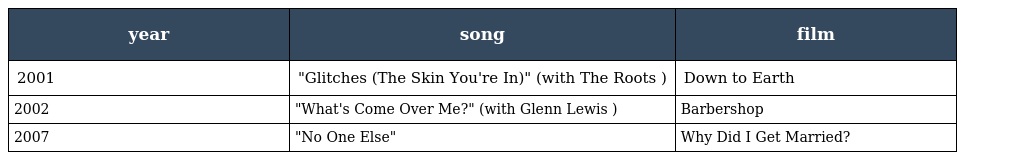
| year | song | film |
 | --- | --- | --- |
 | 2001 | "Glitches (The Skin You're In)" (with The Roots ) | Down to Earth |
 | 2002 | "What's Come Over Me?" (with Glenn Lewis ) | Barbershop |
 | 2007 | "No One Else" | Why Did I Get Married? |